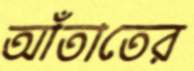
আঁতাতের